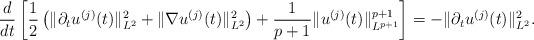
LaTeX: \begin{align*} \frac{d}{dt} \left[ \frac{1}{2}\left( \| \partial_t u^{(j)}(t) \|_{L^2}^2 + \| \nabla u^{(j)}(t) \|_{L^2}^2 \right) + \frac{1}{p+1} \| u^{(j)}(t) \|_{L^{p+1}}^{p+1} \right] &= - \| \partial_t u^{(j)}(t) \|_{L^2}^2.\end{align*}